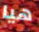
هيا